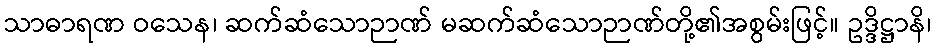
သာဓာရဏ ဝသေန၊ ဆက်ဆံသောဉာဏ် မဆက်ဆံသောဉာဏ်တို့၏အစွမ်းဖြင့်။ ဥဒ္ဒိဋ္ဌာနိ၊